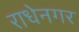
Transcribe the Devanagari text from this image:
राधेनगर